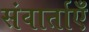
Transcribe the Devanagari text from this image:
संवार्ताएँ